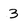
Character: 3